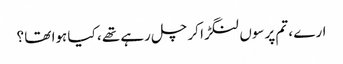
ارے ، تم پرسوں لنگڑا کر چل رہے تھے ، کیا ہوا تھا ؟